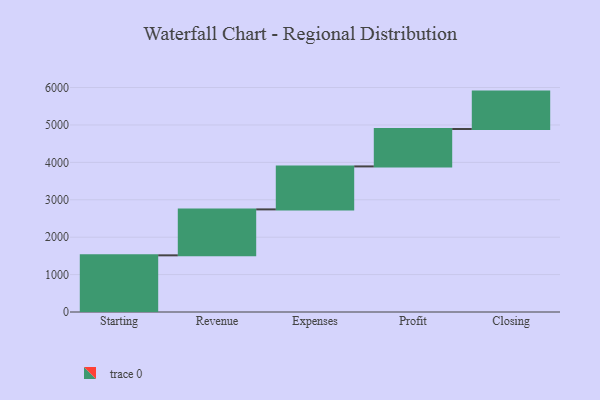
{"axis": {"x": "Step", "y": "Value"}, "legend": [""], "data": [{"x": "Starting", "y": 1515.0, "type": ""}, {"x": "Revenue", "y": 1228.0, "type": ""}, {"x": "Expenses", "y": 1149.0, "type": ""}, {"x": "Profit", "y": 1000, "type": ""}, {"x": "Closing", "y": 1000, "type": ""}]}